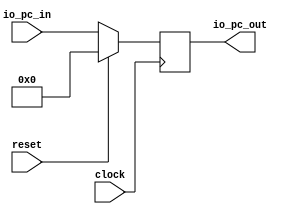
`ifdef RANDOMIZE_GARBAGE_ASSIGN
`define RANDOMIZE
`endif
`ifdef RANDOMIZE_INVALID_ASSIGN
`define RANDOMIZE
`endif
`ifdef RANDOMIZE_REG_INIT
`define RANDOMIZE
`endif
`ifdef RANDOMIZE_MEM_INIT
`define RANDOMIZE
`endif

module pc(
  input   		 clock,
  input   		 reset,
  input  [31:0] io_pc_in,
  output [31:0] io_pc_out
);
  reg [31:0] _T_6;
  reg [31:0] _GEN_0;
  assign io_pc_out = _T_6;
`ifdef RANDOMIZE
  integer initvar;
  initial begin
    `ifndef verilator
      #0.002 begin end
    `endif
  `ifdef RANDOMIZE_REG_INIT
  _GEN_0 = {1{$random}};
  _T_6 = _GEN_0[31:0];
  `endif
  end
`endif
  always @(posedge clock) begin
	  if(reset) begin
		 _T_6 <= 0;
	  end else begin
		 _T_6 <= io_pc_in;
	  end
  end
endmodule